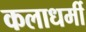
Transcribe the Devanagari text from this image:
कलाधर्मी